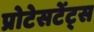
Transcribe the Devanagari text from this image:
प्रोटेसटेंट्स